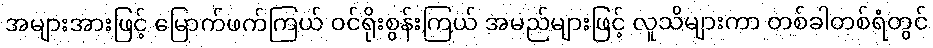
အများအားဖြင့် မြောက်ဖက်ကြယ် ဝင်ရိုးစွန်းကြယ် အမည်များဖြင့် လူသိများကာ တစ်ခါတစ်ရံတွင်